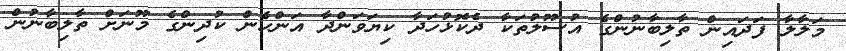
މަލާލާ ފަދައިން ތާލިބާނުންގެ އުސޫލުތަކާ ދެކޮޅުހަދާ ކިޔަވަންދާ އަންހެން ކުދިންގެ މޫނަށް ތާލިބާނުން